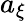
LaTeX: a_{\xi}